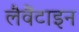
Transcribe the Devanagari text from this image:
लैवैंटाइन